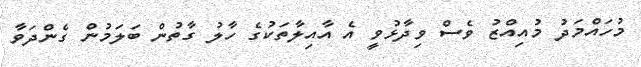
މުހައްމަދު މުއިއްޒު ވެސް ވިދާޅުވީ އެ އާއިލާތަކުގެ ހާލު ގާތުން ބަލަމުން ގެންދަވާ